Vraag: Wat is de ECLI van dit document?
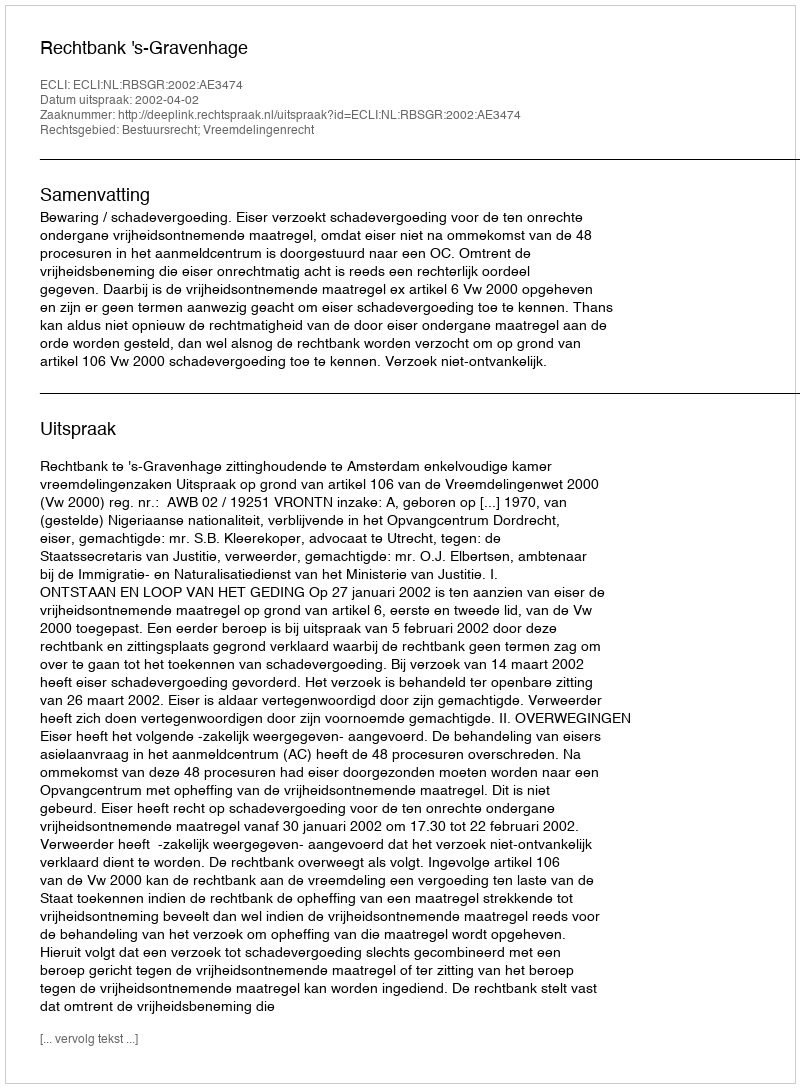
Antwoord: ECLI:NL:RBSGR:2002:AE3474